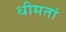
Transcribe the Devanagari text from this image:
धीमतां